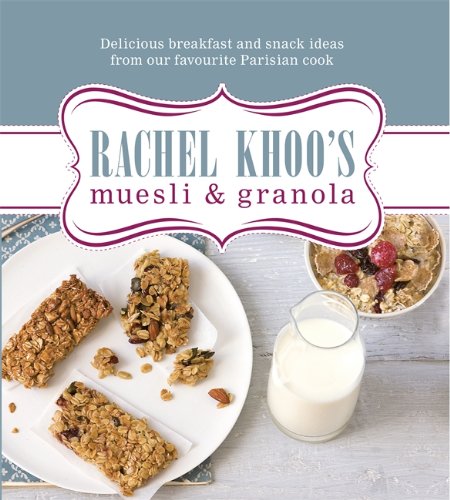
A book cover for Rachel Khoo's Muesli & Granola: Delicious Breakfast and Snack Ideas from Our Favourite Parisian Cook; Rachel Khoo; Cookbooks, Food & Wine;